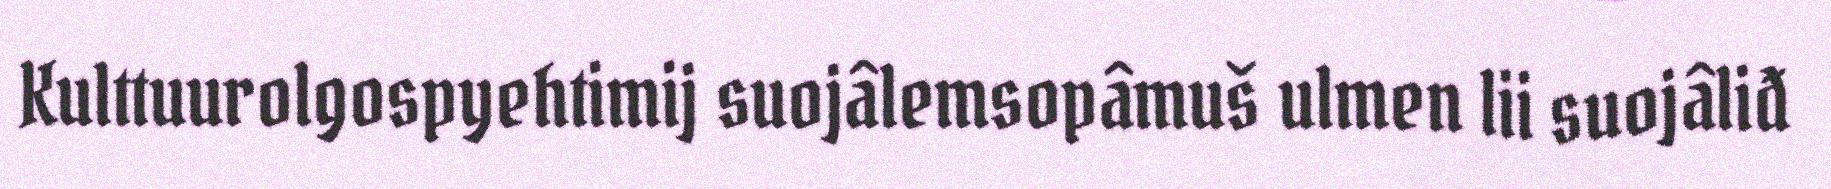
Kulttuurolgospyehtimij suojâlemsopâmuš ulmen lii suojâliđ